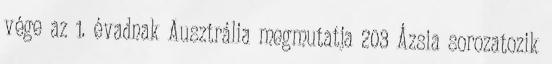
vége az 1. évadnak Ausztrália megmutatja 203 Ázsia sorozatozik